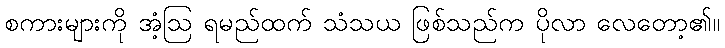
စကားများကို အံ့ဩ ရမည်ထက် သံသယ ဖြစ်သည်က ပိုလာ လေတော့၏။